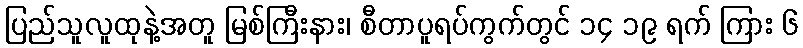
ပြည်သူလူထုနဲ့အတူ မြစ်ကြီးနား၊ စီတာပူရပ်ကွက်တွင် ၁၄ ၁၉ ရက် ကြား ၆